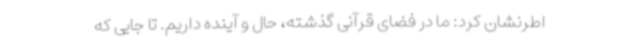
اطرنشان کرد: ما در فضای قرآنی گذشته، حال و آینده داریم. تا جایی که